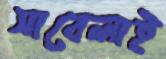
সাবেলাই